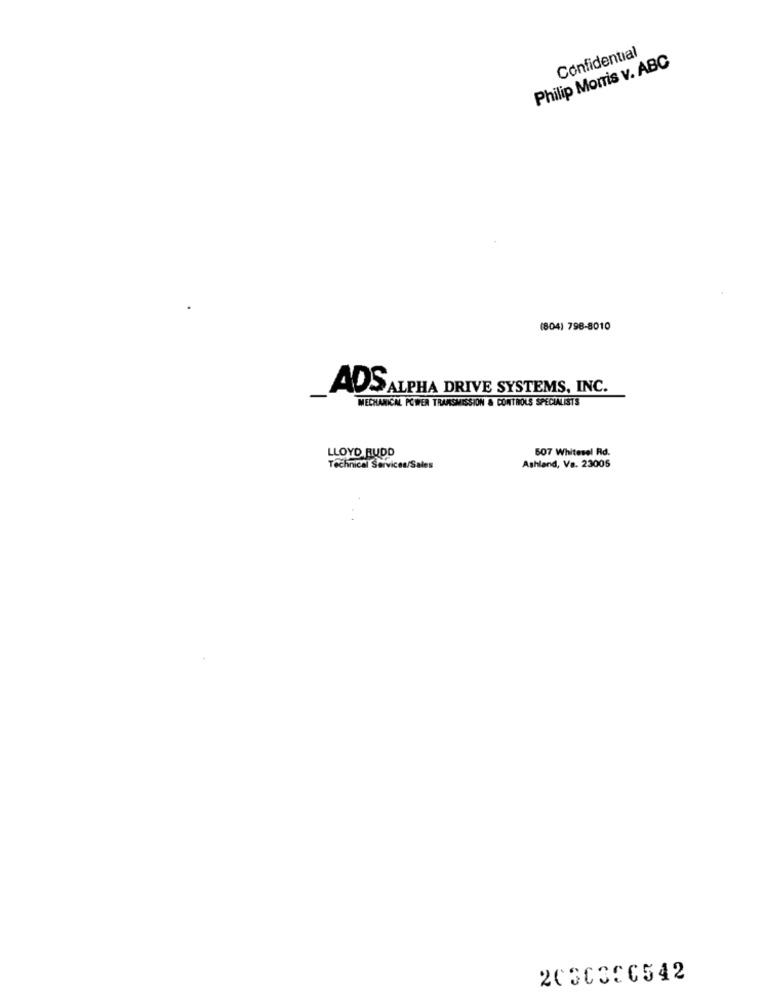
Confidential
Philip Morris v. ABC
(804) 796-8010
AOS ALPHA DRIVE SYSTEMS, INC.
MECHANICAL POWER TRANSMISSION & CONTROLS SPECIALISTS
507 Whitesel Rd.
LLOYD RUDD
Technical Services/Sales
Ashland, Va. 23005
2030306542